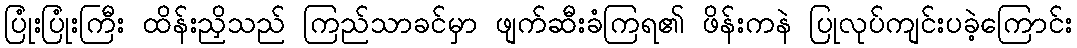
ပြုံးပြုံးကြီး ထိန်းညှိသည် ကြည်သာခင်မှာ ဖျက်ဆီးခံကြရ၏ ဖိန်းကနဲ ပြုလုပ်ကျင်းပခဲ့ကြောင်း